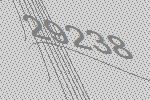
29238